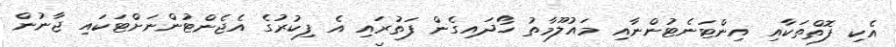
އެކި ފޮތްތަކާއި އިންޓަނެޓުންނާއި މައުލޫމާތު ހޯދައިގެން ފަތުރައި އެ ފިކުރުގެ އެޖެންޓުންނަށްޓަކައި ޖާނުން